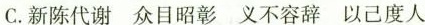
C.新陈代谢 众目昭彰 义不容辞 以己度人